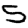
Digit: 5